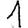
Digit: 1